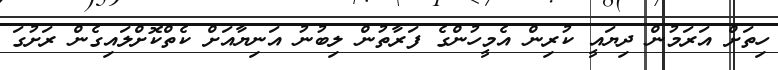
ހިތަށް އަރަމުން ދިޔައީ ކުރިން އެމީހުންގެ ފަރާތުން ލިބުނު އަނިޔާއަށް ކެތްކޮށްލައިގެން ރަށުގަ